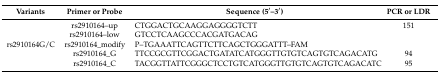
| Variants | Primer or Probe | Sequence (5′–3′) | PCR or LDR |
 | --- | --- | --- | --- |
 | <ROWSPAN=5> rs2910164G/C | rs2910164–up | CTGGACTGCAAGGAGGGGTCTT | 151 |
 | rs2910164–low | GTCCTCAAGCCCACGATGACAG |  |
 | rs2910164_modify | P–TGAAATTCAGTTCTTCAGCTGGGATTT–FAM |  |
 | rs2910164_G | TTCCGCGTTCGGACTGATATCATGGGTTGTGTCAGTGTCAGACATG | 94 |
 | rs2910164_C | TACGGTTATTCGGGCTCCTGTCATGGGTTGTGTCAGTGTCAGACATC | 95 |